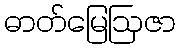
ဓာတ်မြေဩဇာ